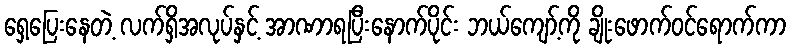
ရှေ့ပြေးနေတဲ့ လက်ရှိအလုပ်နှင့် အာဏာရပြီးနောက်ပိုင်း ဘယ်ကျော့်ကို ချိုးဖောက်ဝင်ရောက်ကာ